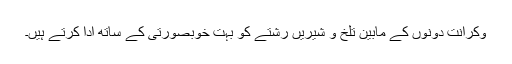
وکرانت دونوں کے مابین تلخ و شیریں رشتے کو بہت خوبصورتی کے ساتھ ادا کرتے ہیں۔